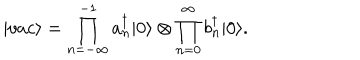
LaTeX: | v a c \rangle = \prod _ { n = - \infty } ^ { - 1 } a _ { n } ^ { \dagger } | 0 \rangle \otimes \prod _ { n = 0 } ^ { \infty } b _ { n } ^ { \dagger } | 0 \rangle .